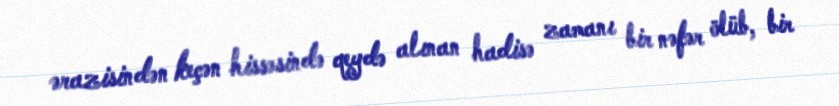
ərazisindən keçən hissəsində qeydə alınan hadisə zamanı bir nəfər ölüb, bir